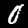
Label: 0